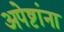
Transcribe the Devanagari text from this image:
अपेष्टांना